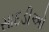
સાદડીઓ